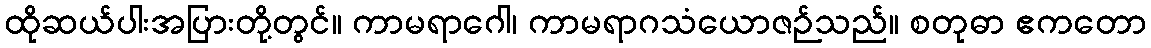
ထိုဆယ်ပါးအပြားတို့တွင်။ ကာမရာဂေါ၊ ကာမရာဂသံယောဇဉ်သည်။ စတုဓာ ဧကတော